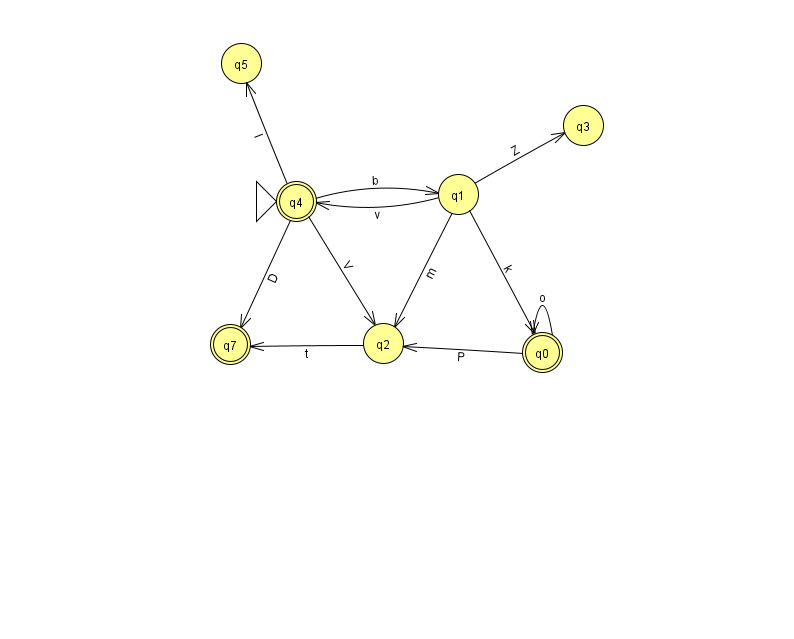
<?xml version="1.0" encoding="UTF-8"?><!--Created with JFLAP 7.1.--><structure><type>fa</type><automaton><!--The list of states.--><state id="0" name="q0"><x>542.0</x><y>339.0</y><final/></state><state id="1" name="q1"><x>458.0</x><y>181.0</y></state><state id="2" name="q2"><x>383.0</x><y>330.0</y></state><state id="3" name="q3"><x>583.0</x><y>112.0</y></state><state id="4" name="q4"><x>296.0</x><y>188.0</y><initial/><final/></state><state id="5" name="q5"><x>241.0</x><y>50.0</y></state><state id="7" name="q7"><x>230.0</x><y>331.0</y><final/></state><!--The list of transitions.--><transition><from>4</from><to>5</to><read>l</read></transition><transition><from>1</from><to>2</to><read>m</read></transition><transition><from>4</from><to>1</to><read>b</read></transition><transition><from>2</from><to>7</to><read>t</read></transition><transition><from>0</from><to>2</to><read>P</read></transition><transition><from>1</from><to>0</to><read>k</read></transition><transition><from>1</from><to>4</to><read>v</read></transition><transition><from>4</from><to>2</to><read>V</read></transition><transition><from>1</from><to>3</to><read>Z</read></transition><transition><from>4</from><to>7</to><read>D</read></transition><transition><from>0</from><to>0</to><read>o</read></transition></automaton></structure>